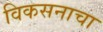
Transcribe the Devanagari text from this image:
विकसनाचा